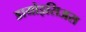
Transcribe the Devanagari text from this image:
डायोइसिअस